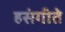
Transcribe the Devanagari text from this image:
हसंगीते